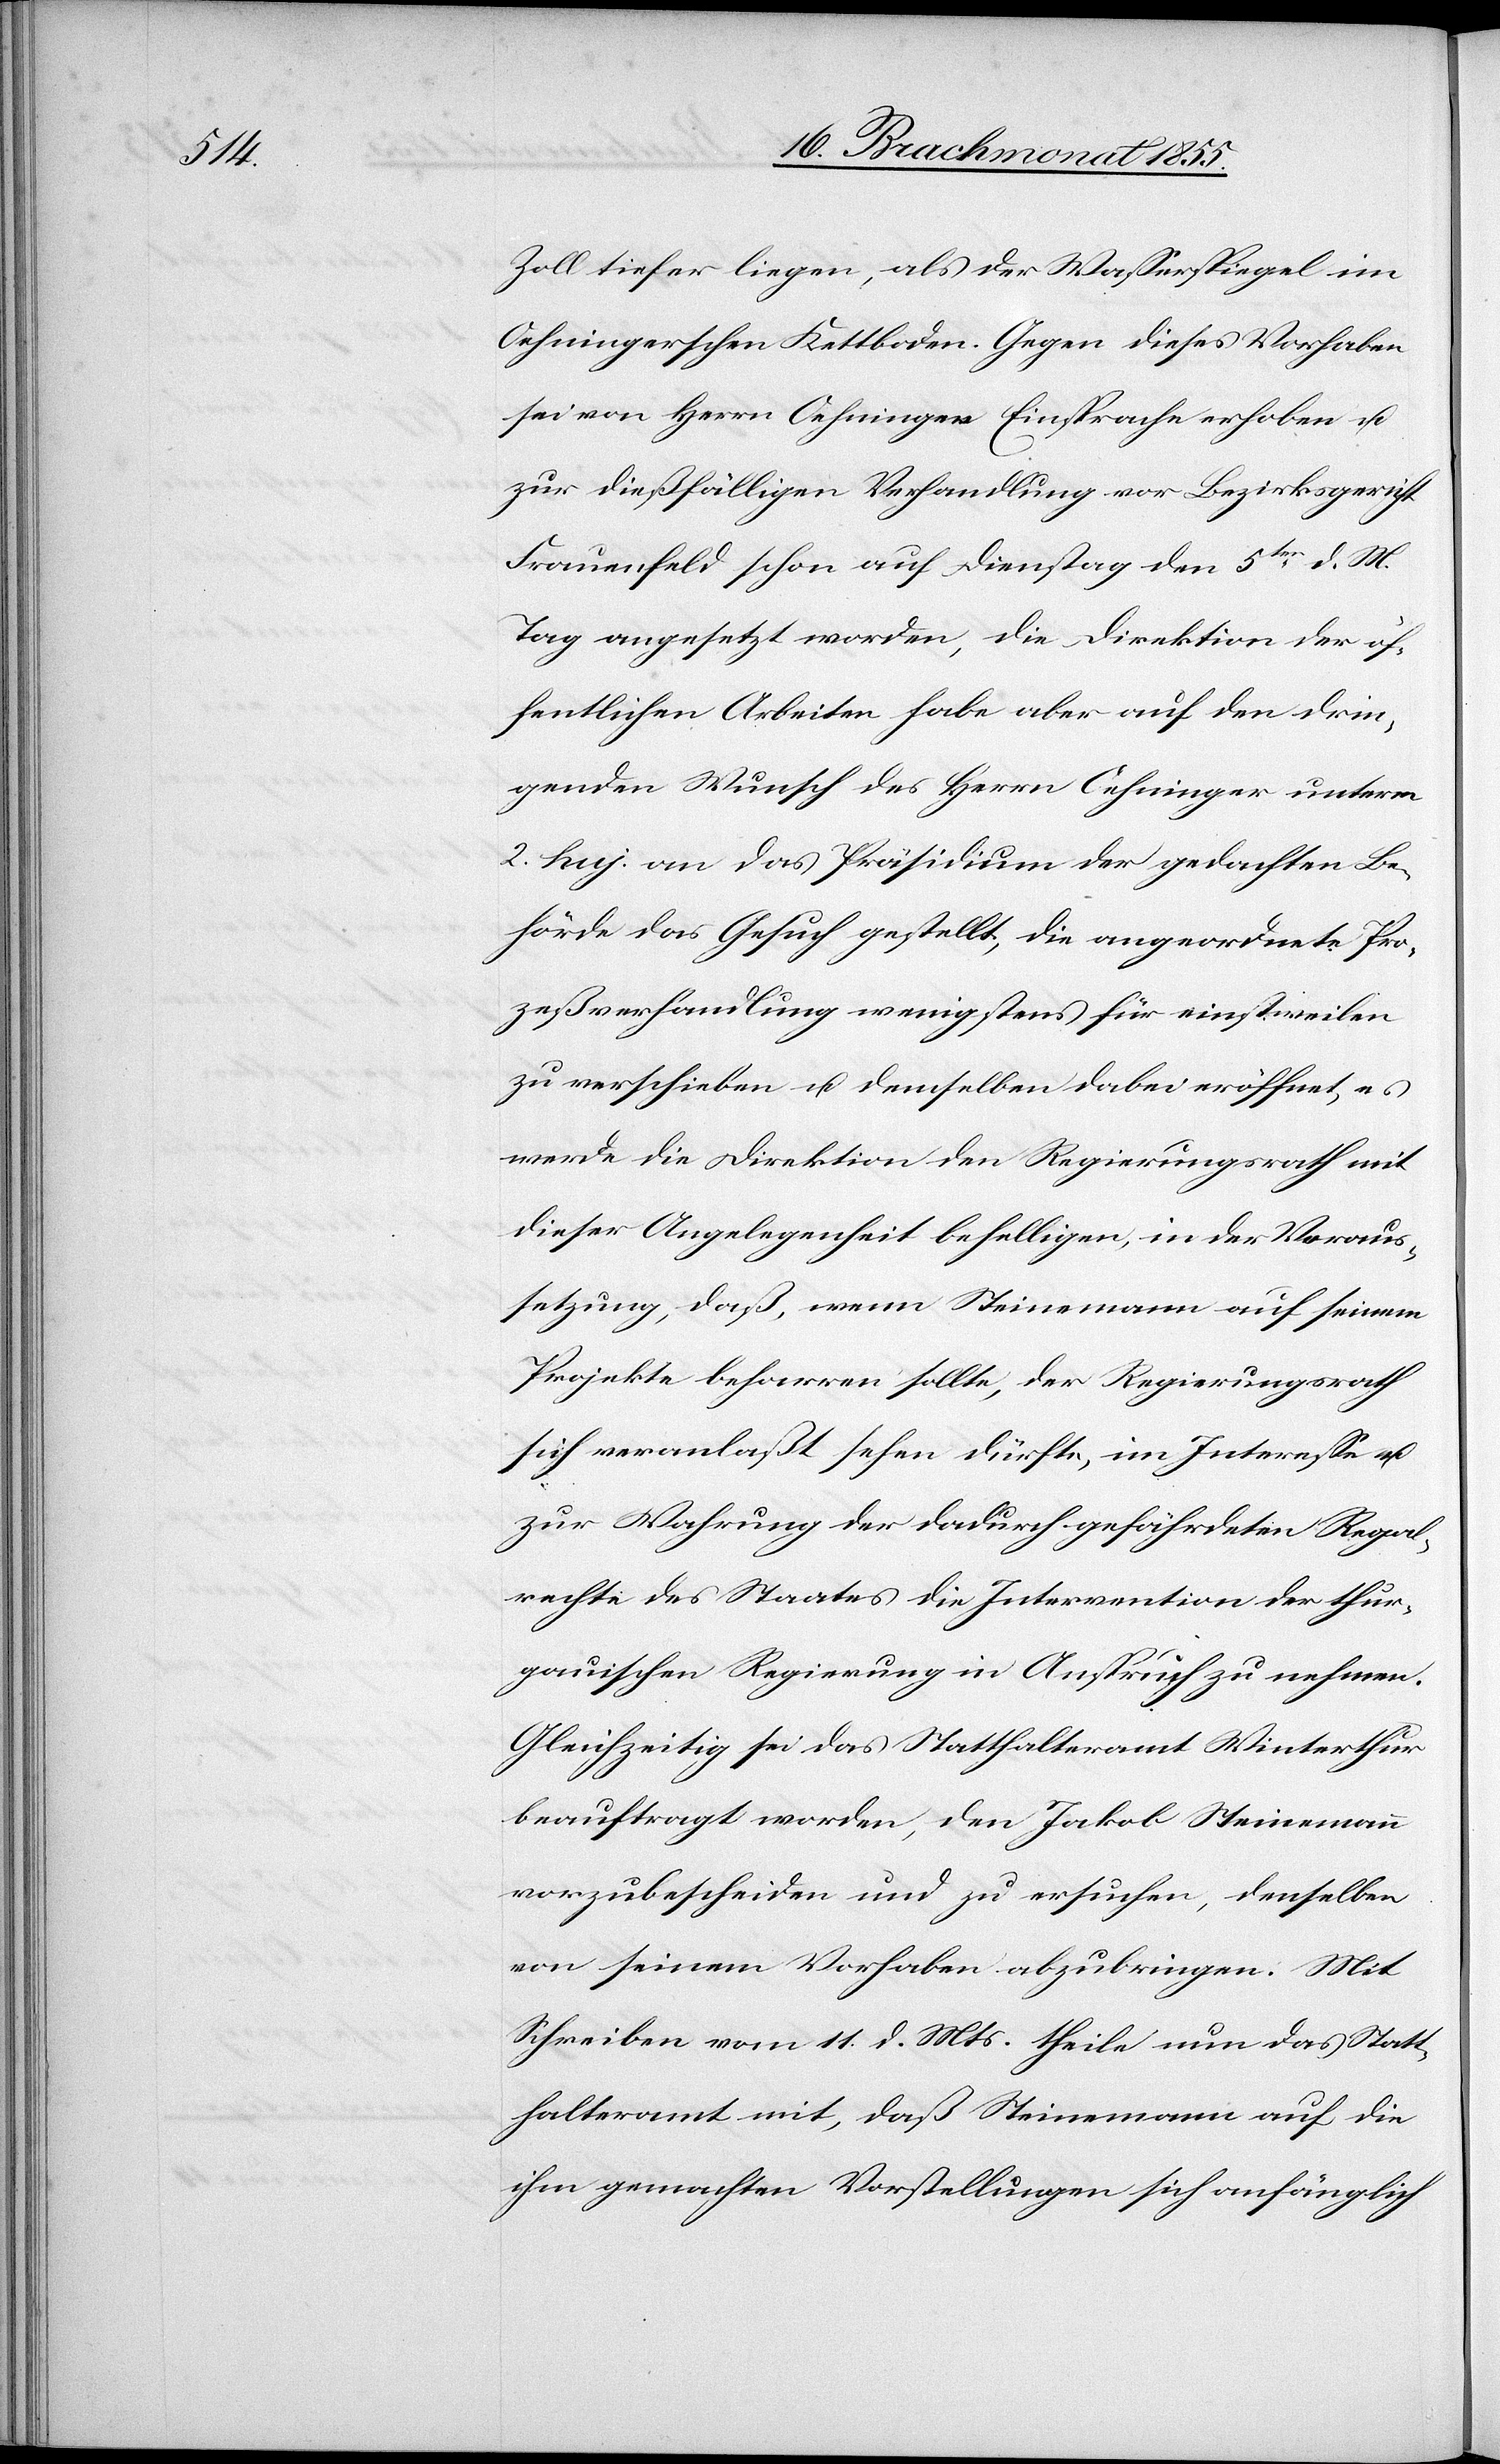
Zoll tiefer liegen, als der Wasserspiegel im
Oehningerschen Kettboden. Gegen dieses Vorhaben
sei von Herrn Oehninger Einsprache erhoben u.
zur dießfälligen Verhandlung vor Bezirksgericht
Frauenfeld schon auf Dienstag den 5ten d. M.
Tag angesetzt worden, die Direktion der öf¬
fentlichen Arbeiten habe aber auf den drin¬
genden Wunsch des Herrn Oehninger unterm
2. huj. an das Präsidium der gedachten Be¬
hörde das Gesuch gestellt, die angeordnete Pro¬
zeßverhandlung wenigstens für einstweilen
zu verschieben u. demselben dabei eröffnet, es
werde die Direktion den Regierungsrath mit
dieser Angelegenheit behelligen, in der Voraus¬
setzung, daß, wenn Steinemann auf seinem
Projekte beharren sollte, der Regierungsrath
sich veranlaßt sehen dürfte, im Interesse u.
zur Wahrung der dadurch gefährdeten Regal¬
rechte des Staates die Intervention der thur¬
gauischen Regierung in Anspruch zu nehmen.
Gleichzeitig sei das Statthalteramt Winterthur
beauftragt worden, den Jakob Steinemann
vorzubescheiden und zu ersuchen, denselben
von seinem Vorhaben abzubringen. Mit
Schreiben vom 11. d. Mts. theile nun das Statt¬
halteramt mit, daß Steinemann auf die
ihm gemachten Vorstellungen sich anfänglich